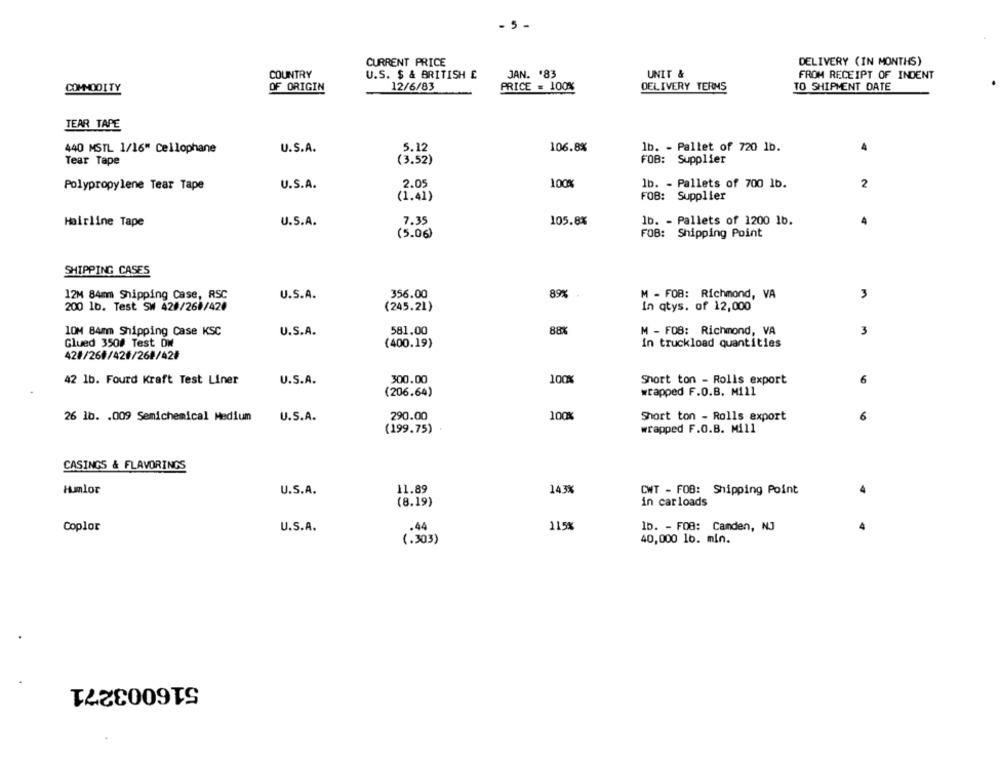
- 5 -
CURRENT PRICE
DELIVERY (IN MONTHS)
COUNTRY
U.S. $ & BRITISH £
JAN. '83
UNIT &
FROM RECEIPT OF INDENT
COMMODITY
OF ORIGIN
12/6/83
PRICE = 100%
DELIVERY TERMS
TO SHIPMENT DATE
TEAR TAPE
440 MSTL 1/16" Cellophane
U.S.A.
5.12
106.8%
lb. - Pallet of 720 1b.
(3.52)
FOB: Supplier
Tear Tape
2.05
100%
lb. - Pallets of 700 1b.
2
Polypropylene Tear Tape
U.S.A.
(1.41)
FOB: Supplier
U.S.A.
7.35
105.8%
1b. - Pallets of 1200 1b.
Hairline Tape
(5.06)
FOB: Shipping Point
SHIPPING CASES
12M 84mm Shipping Case, RSC
U.S.A.
356.00
89%
M - FOB: Richmond, VA
3
200 1b. Test SW 428/268/420
(245.21)
In qtys. of 12,000
10M 84mm Shipping Case KSC
U.S.A.
581.00
88%
M - FOB: Richmond, VA
3
Glued 350# Test DW
(400.19)
in truckload quantities
42#/26#/42#/268/42#
42 1b. Fourd Kraft Test Liner
U.S.A.
300.00
100%
Short ton - Rolls export
(206.64)
wrapped F.O.B. Mill
26 1b. . 009 Semichemical Medium
U.S.A.
290.00
100
Short ton - Rolls export
(199.75)
wrapped F.O.B. Mill
CASINGS & FLAVORINGS
11.89
143%
Humlor
U.S.A.
CWT - FOB: Shipping Point
(8.19)
in car loads
115%
lb. - FOB: Camden, NJ
Coplor
U.S.A.
-44
( . 303 )
40,000 lb. min.
516003271